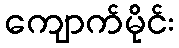
ကျောက်မိုင်း